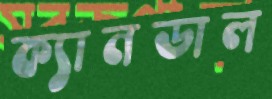
ক্যানডাল